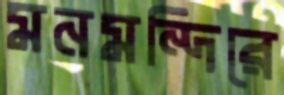
মনমন্দিরে